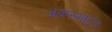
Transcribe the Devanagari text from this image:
अकस्माद्दंड